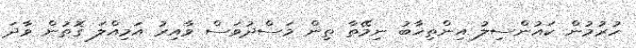
ހުރުމުން ކައުންސިލު އިންތިޚާބު ނިމޭތާ ތިން މަސްދުވަަސް ވާއިރު އަމިއްލަ ގޮތުން ވާދަ